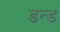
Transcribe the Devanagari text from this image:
डन्ड